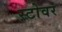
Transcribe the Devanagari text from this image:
स्टोवर